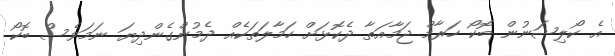
އެ ކޯލިޝަނުން ބޮކޯ ހަރާމް ޖަމާއަތާ ދެކޮޅަށް ހަމާލަތަކެއް ދެމުންގެންދިޔަ ނަމަވެސް ބޮކޯ